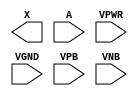
module sky130_fd_sc_ls__dlymetal6s4s (
    X   ,
    A   ,
    VPWR,
    VGND,
    VPB ,
    VNB
);

    output X   ;
    input  A   ;
    input  VPWR;
    input  VGND;
    input  VPB ;
    input  VNB ;
endmodule